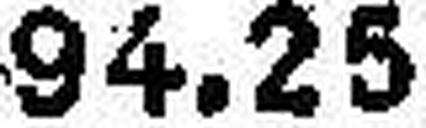
94.25